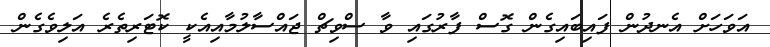
އަވަހަށް އެނދުން ފައިބައިގެން ގޮސް ފާރުގައި ވާ ސްވިޗް ޖައްސާލުމާއިއެކީ ކޮޓަރިތެރެ އަލިވެގެން